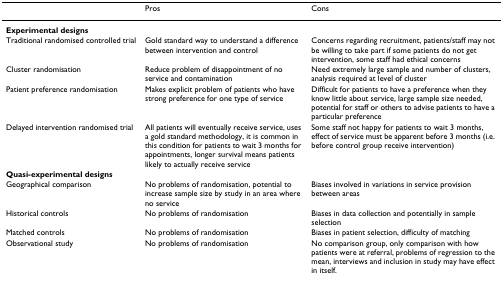
|  | Pros | Cons |
 | --- | --- | --- |
 | Experimental designs |  |  |
 | Traditional randomised controlled trial | Gold standard way to understand a difference between intervention and control | Concerns regarding recruitment, patients/staff may not be willing to take part if some patients do not get intervention, some staff had ethical concerns |
 | Cluster randomisation | Reduce problem of disappointment of no service and contamination | Need extremely large sample and number of clusters, analysis required at level of cluster |
 | Patient preference randomisation | Makes explicit problem of patients who have strong preference for one type of service | Difficult for patients to have a preference when they know little about service, large sample size needed, potential for staff or others to advise patients to have a particular preference |
 | Delayed intervention randomised trial | All patients will eventually receive service, uses a gold standard methodology, it is common in this condition for patients to wait 3 months for appointments, longer survival means patients likely to actually receive service | Some staff not happy for patients to wait 3 months, effect of service must be apparent before 3 months (i.e. before control group receive intervention) |
 | Quasi-experimental designs |  |  |
 | Geographical comparison | No problems of randomisation, potential to increase sample size by study in an area where no service | Biases involved in variations in service provision between areas |
 | Historical controls | No problems of randomisation | Biases in data collection and potentially in sample selection |
 | Matched controls | No problems of randomisation | Biases in patient selection, difficulty of matching |
 | Observational study | No problems of randomisation | No comparison group, only comparison with how patients were at referral, problems of regression to the mean, interviews and inclusion in study may have effect in itself. |